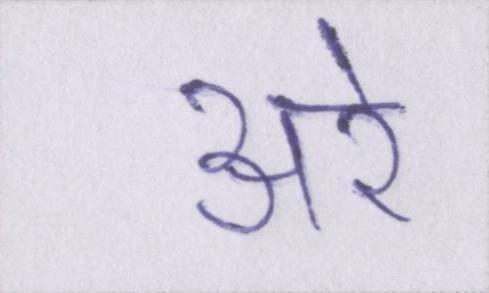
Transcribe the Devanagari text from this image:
अरे